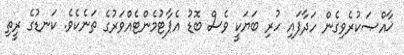
ޚާއްޞަކުރެވިގެން ހަދާފައި ހުރި ބަޔަކީ ވެސް ބޮޑު އެޕާޓުމެންޓެއްވަރުގެ ތަނެކެވެ. ކަނޑުގެ ރީތި